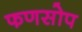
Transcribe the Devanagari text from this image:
फणसोप